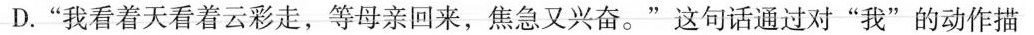
D.”我看着天看着云彩走，等母亲回来，焦急又兴奋。”这句话通过对”我”的动作描